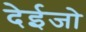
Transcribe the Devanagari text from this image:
देईजो